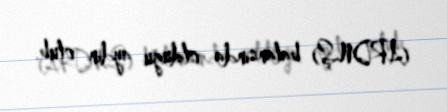
(ARDNŞ) balansında olduğu aydın olub.